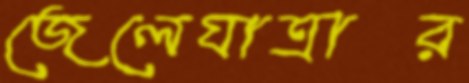
জেলেযাত্রার